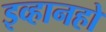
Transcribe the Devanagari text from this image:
इव्हानहो